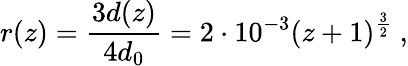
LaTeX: r(z)={\frac{3d(z)}{4d_{0}}}=2\cdot 10^{-3}(z+1)^{\frac{3}{2}}~,